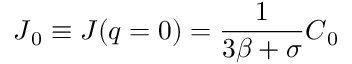
\boldsymbol J _ { 0 } \equiv \boldsymbol J ( \boldsymbol q = 0 ) = \frac { 1 } { 3 \beta + \sigma } \boldsymbol C _ { 0 }